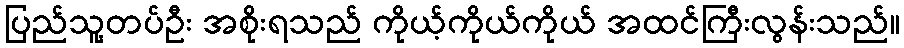
ပြည်သူ့တပ်ဦး အစိုးရသည် ကိုယ့်ကိုယ်ကိုယ် အထင်ကြီးလွန်းသည်။